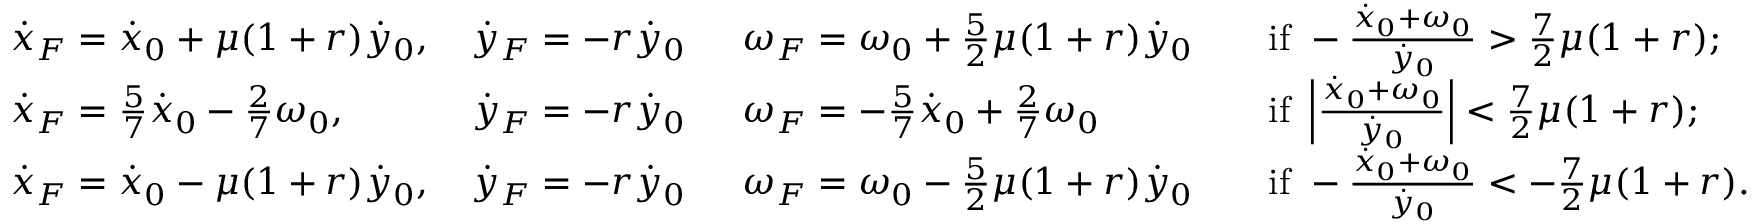
\begin{array} { l l l l } { \dot { x } _ { F } = \dot { x } _ { 0 } + \mu ( 1 + r ) \dot { y } _ { 0 } , \, } & { \dot { y } _ { F } = - r \dot { y } _ { 0 } \, \ } & { \omega _ { F } = \omega _ { 0 } + \frac { 5 } { 2 } \mu ( 1 + r ) \dot { y } _ { 0 } } & { \quad \mathrm { i f ~ } - \frac { \dot { x } _ { 0 } + \omega _ { 0 } } { \dot { y } _ { 0 } } > \frac { 7 } { 2 } \mu ( 1 + r ) ; } \\ { \dot { x } _ { F } = \frac { 5 } { 7 } \dot { x } _ { 0 } - \frac { 2 } { 7 } \omega _ { 0 } , \, } & { \dot { y } _ { F } = - r \dot { y } _ { 0 } \, \ } & { \omega _ { F } = - \frac { 5 } { 7 } \dot { x } _ { 0 } + \frac { 2 } { 7 } \omega _ { 0 } } & { \quad \mathrm { i f ~ } \left| \frac { \dot { x } _ { 0 } + \omega _ { 0 } } { \dot { y } _ { 0 } } \right| < \frac { 7 } { 2 } \mu ( 1 + r ) ; } \\ { \dot { x } _ { F } = \dot { x } _ { 0 } - \mu ( 1 + r ) \dot { y } _ { 0 } , \, } & { \dot { y } _ { F } = - r \dot { y } _ { 0 } \, \ } & { \omega _ { F } = \omega _ { 0 } - \frac { 5 } { 2 } \mu ( 1 + r ) \dot { y } _ { 0 } } & { \quad \mathrm { i f ~ } - \frac { \dot { x } _ { 0 } + \omega _ { 0 } } { \dot { y } _ { 0 } } < - \frac { 7 } { 2 } \mu ( 1 + r ) . } \end{array}